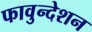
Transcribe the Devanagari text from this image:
फावुन्देशन